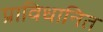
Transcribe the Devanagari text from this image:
प्राविधानित